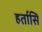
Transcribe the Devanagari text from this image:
हर्तासि